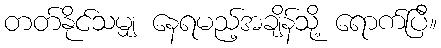
တတ်နိုင်သမျှ နေရမည့်အချိန်သို့ ရောက်ပြီ။